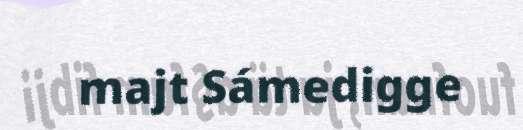
majt Sámedigge